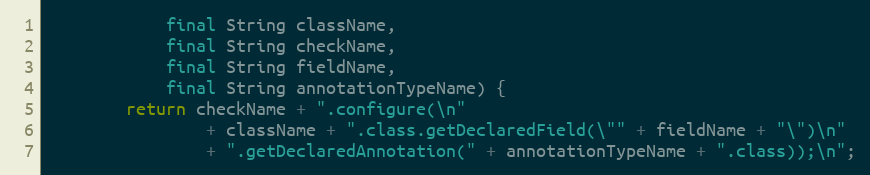
Language: Java
            final String className,
            final String checkName,
            final String fieldName,
            final String annotationTypeName) {
        return checkName + ".configure(\n"
                + className + ".class.getDeclaredField(\"" + fieldName + "\")\n"
                + ".getDeclaredAnnotation(" + annotationTypeName + ".class));\n";